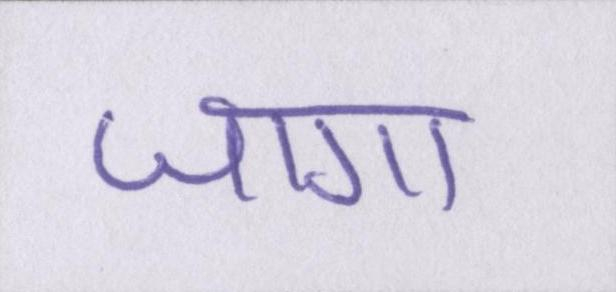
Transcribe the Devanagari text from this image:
जागा